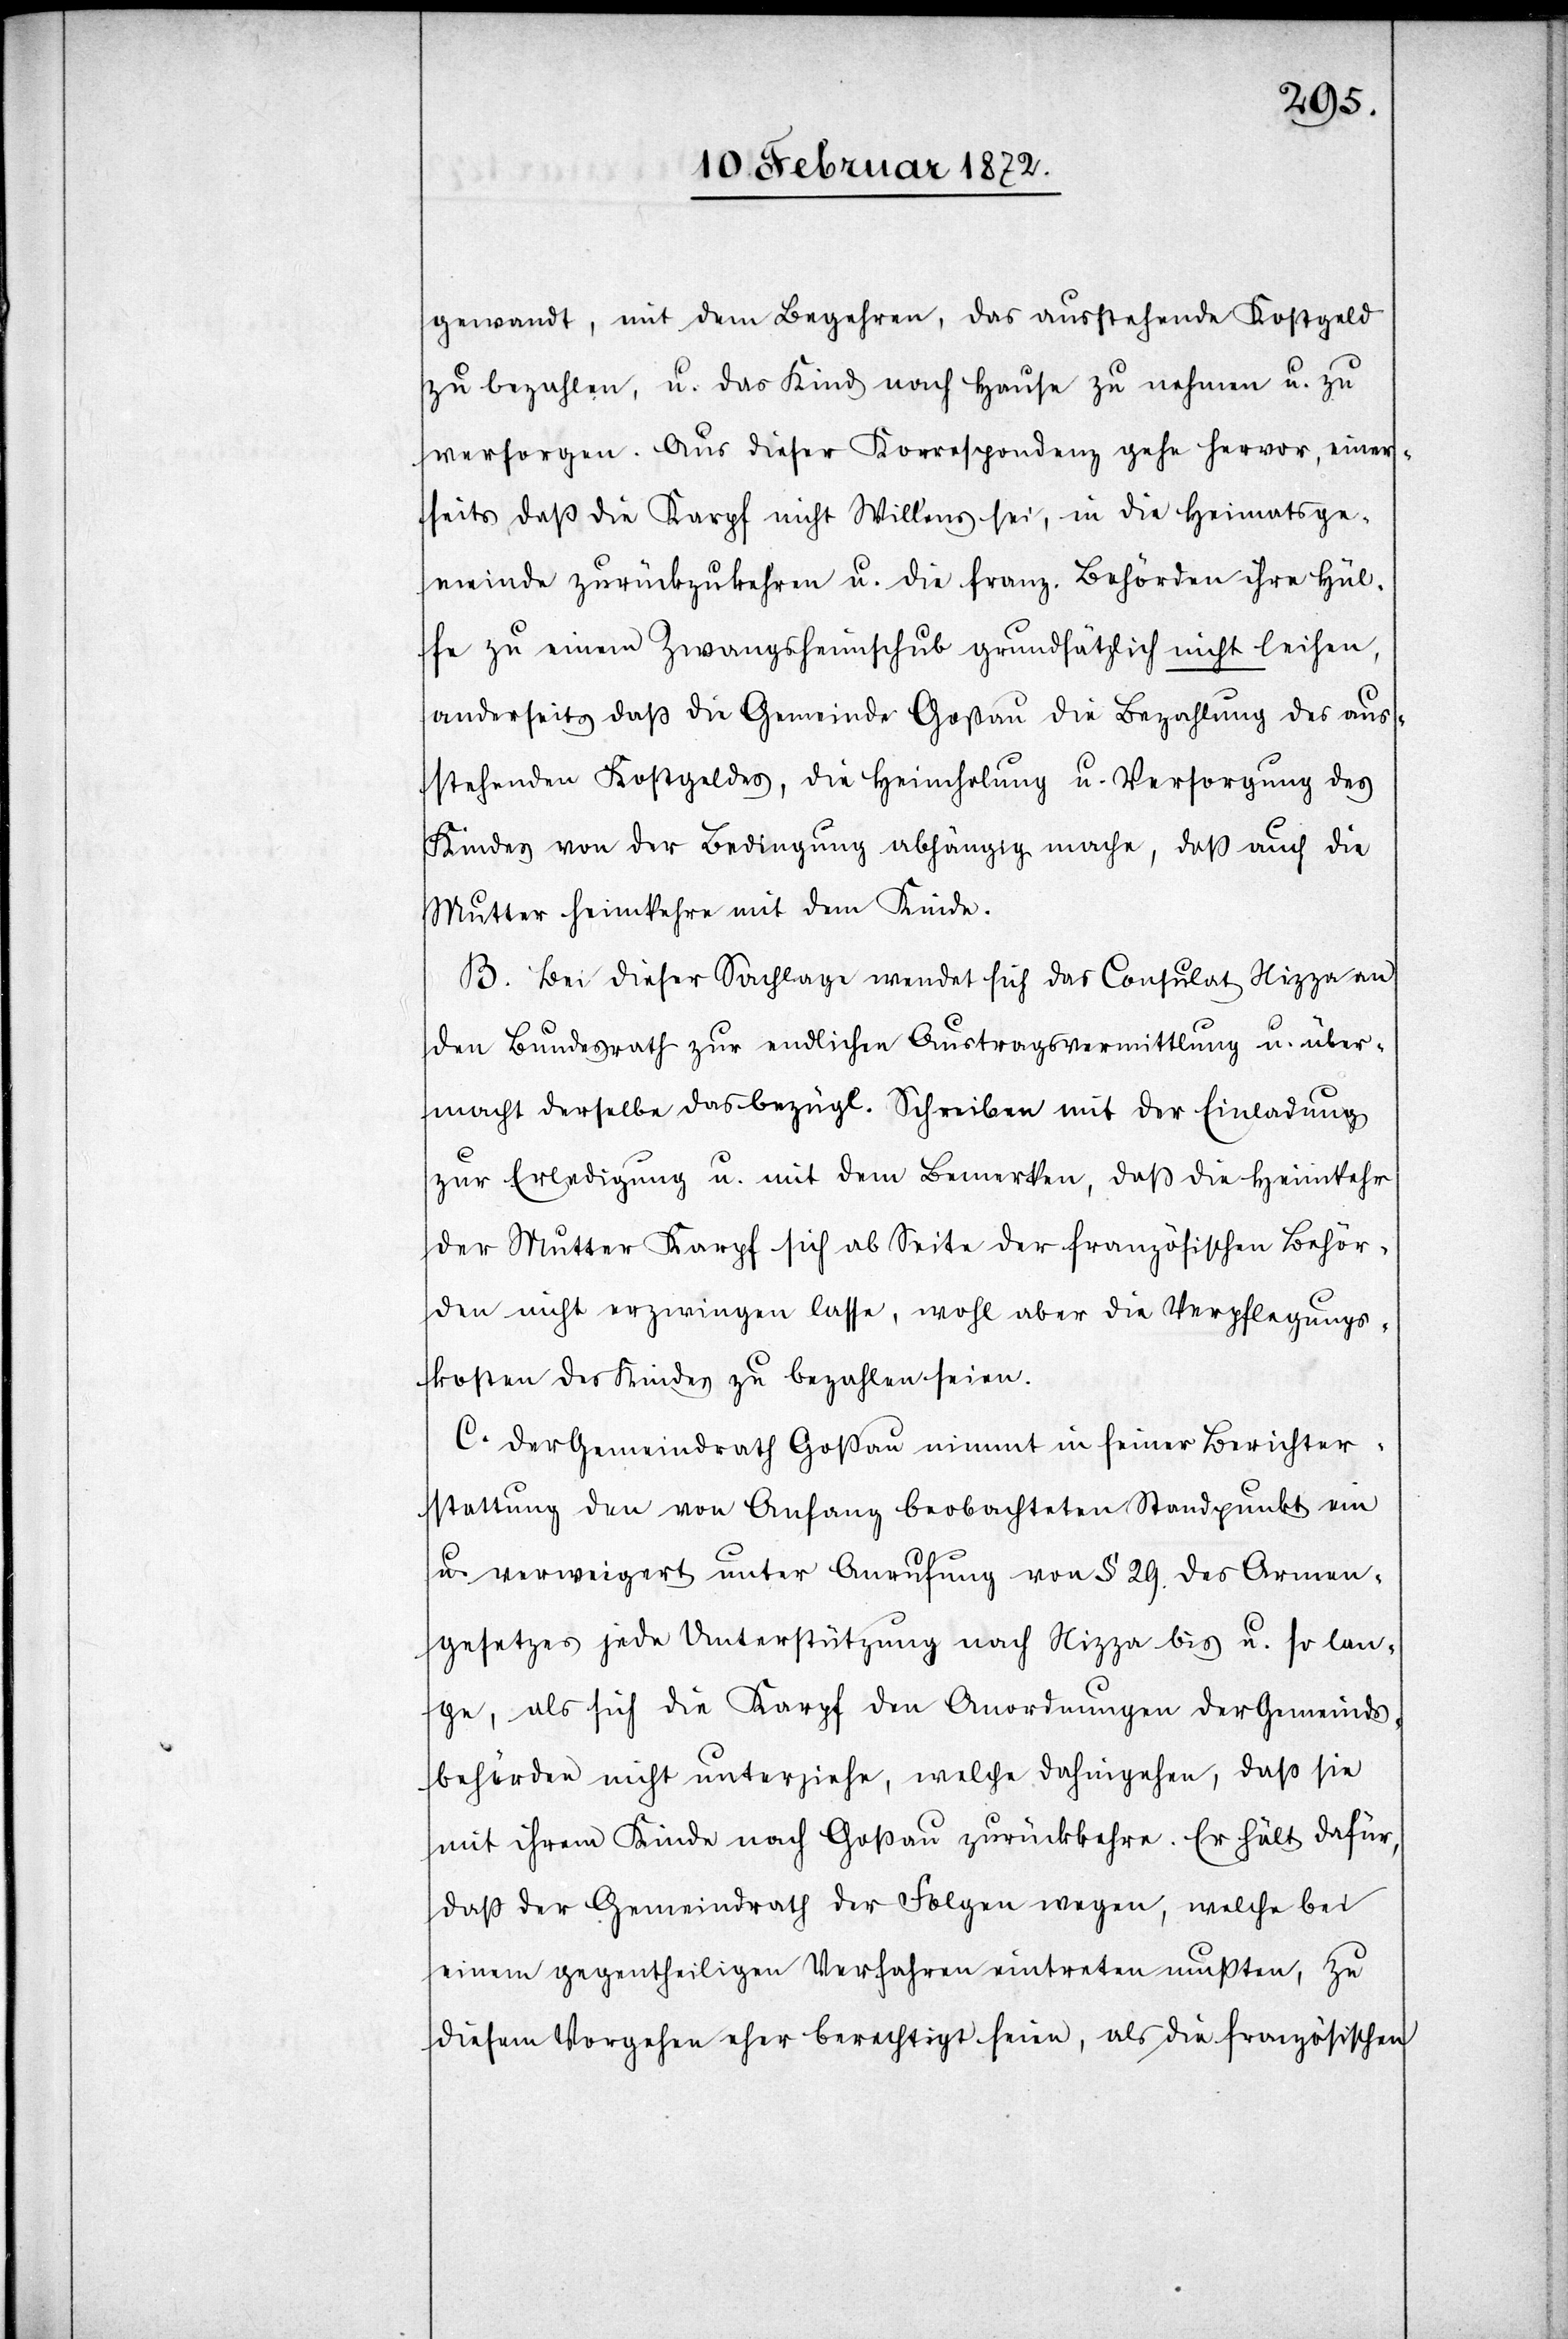
gewandt, mit dem Begehren, das ausstehende Kostgeld
zu bezahlen, u. das Kind nach Hause zu nehmen u. zu
versorgen. Aus dieser Korrespondenz gehe hervor, einer¬
seits daß die Karpf nicht Willens sei, in die Heimatsge¬
meinde zurückzukehren u. die franz. Behörden ihre Hül¬
fe zu einem Zwangsheimschub grundsätzlich nicht leihen,
anderseits daß die Gemeinde Goßau die Bezahlung des aus¬
stehenden Kostgeldes, die Heimholung u. Versorgung des
Kindes von der Bedingung abhängig mache, daß auch die
Mutter heimkehre mit dem Kinde.
B. Bei dieser Sachlage wendet sich das Consulat Nizza an
den Bundesrath zur endlichen Austragsvermittlung u. über¬
macht derselbe das bezügl. Schreiben mit der Einladung
zur Erledigung u. mit dem Bemerken, daß die Heimkehr
der Mutter Karpf sich ab Seite der französischen Behör¬
den nicht erzwingen lasse, wohl aber die Verpflegungs¬
kosten des Kindes zu bezahlen seien.
C. Der Gemeindrath Goßau nimmt in seiner Berichter¬
stattung den von Anfang beobachteten Standpunkt ein
u. verweigert unter Anrufung von § 29. des Armen¬
gesetzes jede Unterstützung nach Nizza bis u. so lan¬
ge, als sich die Karpf den Anordnungen der Gemeinds¬
behörde nicht unterziehe, welche dahingehe, daß sie
mit ihrem Kinde nach Goßau zurückkehre. Er hält dafür,
daß der Gemeindrath der Folgen wegen, welche bei
einem gegentheiligen Verfahren eintreten müßten, zu
diesem Vorgehen eher berechtigt seien, als die französischen